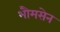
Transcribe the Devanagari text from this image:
भौमसेन